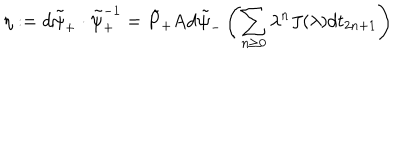
\eta : = d \tilde { \psi } _ { + } \cdot \tilde { \psi } _ { + } ^ { - 1 } = \tilde { P } _ { + } \mathrm { A d } \tilde { \psi } _ { - } \left( \sum _ { n \geq 0 } \lambda ^ { n } J ( \lambda ) d t _ { 2 n + 1 } \right)